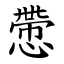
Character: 慸